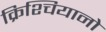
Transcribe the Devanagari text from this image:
क्रिश्चियानो